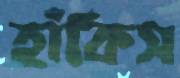
হাঁকিস